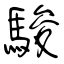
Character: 駿